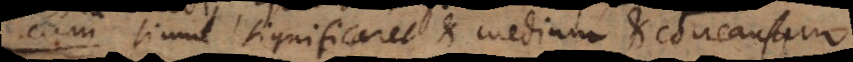
ercum simul significaret et medium et concausam